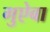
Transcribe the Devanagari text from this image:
गुऐबा